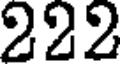
222